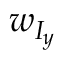
w _ { I _ { y } }